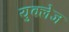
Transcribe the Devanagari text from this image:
युक्लेज